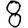
Digit: 8